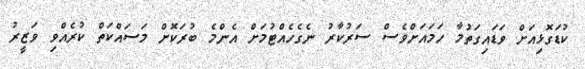
ކުޑަގޮޅިއަށް ވަޑައިގަތުމާ ހަަމައަށްވެސް ސަރުކާރު ނެގެހެއްޓުމަށް އެންމެ ބުރަކޮށް މަސައްކަތް ކުރެއްވި ވަޒީރު